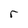
Character: r